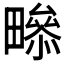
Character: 𤳒